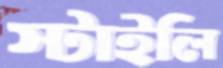
স্টাইলি